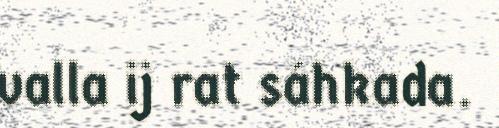
valla ij rat sáhkada.